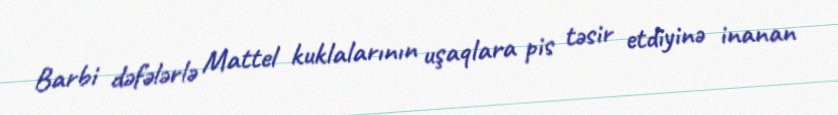
Barbi dəfələrlə Mattel kuklalarının uşaqlara pis təsir etdiyinə inanan